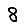
Digit: 8